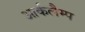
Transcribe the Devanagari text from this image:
आर्कलैम्प